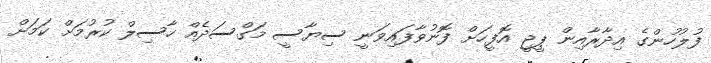
ފުލުހުންގެ އިދާރާއިން ޕީޖީ އޮފީހަށް ފޮނުވާފައިވަނީ ސިޔާސީ މަގްސަދެއް ހާސިލް ކުރުމަށް ކަމަށް